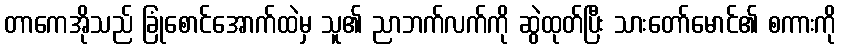
တာကေအိုသည် ခြုံစောင်အောက်ထဲမှ သူ၏ ညာဘက်လက်ကို ဆွဲထုတ်ပြီး သားတော်မောင်၏ စကားကို